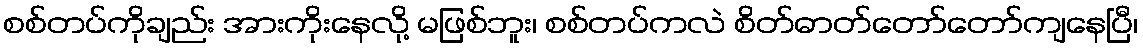
စစ်တပ်ကိုချည်း အားကိုးနေလို့ မဖြစ်ဘူး၊ စစ်တပ်ကလဲ စိတ်ဓာတ်တော်တော်ကျနေပြီ၊